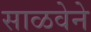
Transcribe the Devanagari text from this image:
साळवेने